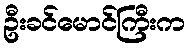
ဦးခင်မောင်ကြီးက